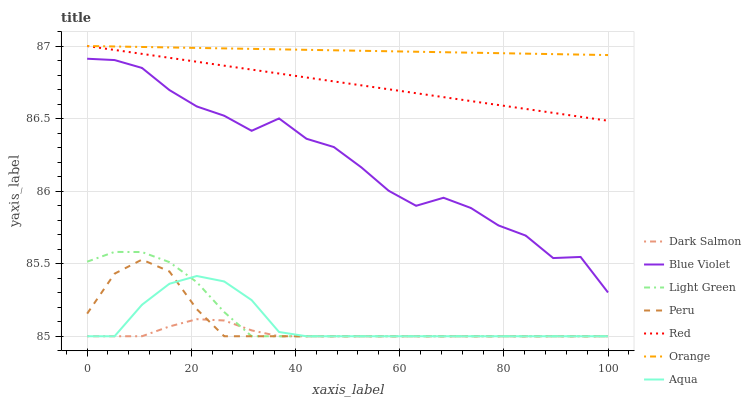
| xaxis_label | Dark Salmon | Blue Violet | Light Green | Peru | Red | Orange | Aqua |
 | --- | --- | --- | --- | --- | --- | --- | --- |
 | 0 | 85 | 86.9 | 85.5 | 85.2 | 87 | 87 | 85 |
 | 5.26 | 85 | 86.9 | 85.6 | 85.4 | 87 | 87 | 85 |
 | 10.5 | 85 | 86.8 | 85.6 | 85.5 | 86.9 | 87 | 85.2 |
 | 15.8 | 85.1 | 86.7 | 85.5 | 85.4 | 86.9 | 87 | 85.4 |
 | 21.1 | 85.1 | 86.6 | 85.4 | 85.2 | 86.9 | 87 | 85.4 |
 | 26.3 | 85.1 | 86.5 | 85.2 | 85 | 86.9 | 87 | 85.4 |
 | 31.6 | 85 | 86.4 | 85 | 85 | 86.8 | 87 | 85.2 |
 | 36.8 | 85 | 86.5 | 85 | 85 | 86.8 | 87 | 85 |
 | 42.1 | 85 | 86.4 | 85 | 85 | 86.8 | 87 | 85 |
 | 47.4 | 85 | 86.3 | 85 | 85 | 86.8 | 87 | 85 |
 | 52.6 | 85 | 86.2 | 85 | 85 | 86.7 | 87 | 85 |
 | 57.9 | 85 | 86 | 85 | 85 | 86.7 | 87 | 85 |
 | 63.2 | 85 | 85.9 | 85 | 85 | 86.7 | 87 | 85 |
 | 68.4 | 85 | 86 | 85 | 85 | 86.6 | 87 | 85 |
 | 73.7 | 85 | 85.9 | 85 | 85 | 86.6 | 87 | 85 |
 | 78.9 | 85 | 85.8 | 85 | 85 | 86.6 | 87 | 85 |
 | 84.2 | 85 | 85.7 | 85 | 85 | 86.6 | 86.9 | 85 |
 | 89.5 | 85 | 85.5 | 85 | 85 | 86.5 | 86.9 | 85 |
 | 94.7 | 85 | 85.5 | 85 | 85 | 86.5 | 86.9 | 85 |
 | 100 | 85 | 85.3 | 85 | 85 | 86.5 | 86.9 | 85 |